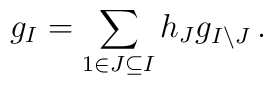
g_{I}=\sum_{1\in J\subseteq I}h_{J}g_{I\setminus J}\,.